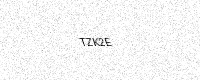
Text: TZK2E